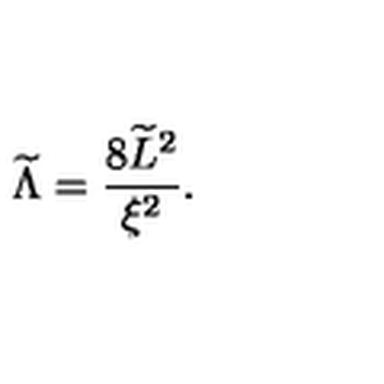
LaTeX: { \widetilde \Lambda } = { \frac { 8 { \widetilde L } ^ { 2 } } { \xi ^ { 2 } } } .